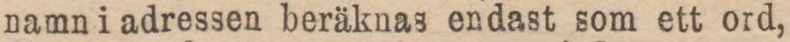
namn i adressen beräknas endast som ett ord,